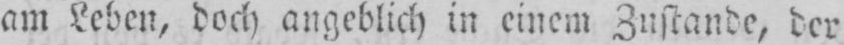
am Leben, doch angeblich in einem Zustande, der